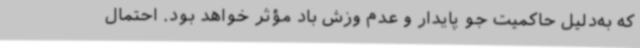
که به‌دلیل حاکمیت جو پایدار و عدم وزش باد مؤثر خواهد بود. احتمال